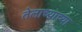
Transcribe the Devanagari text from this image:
तेलाच्याच्या